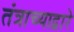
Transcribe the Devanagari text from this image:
तंत्राच्याद्वारे